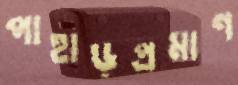
পাহাড়প্রমাণ